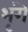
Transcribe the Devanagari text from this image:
भृंगे